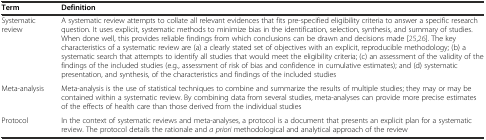
| Term | Definition |
 | --- | --- |
 | Systematic review | A systematic review attempts to collate all relevant evidences that fits pre-specified eligibility criteria to answer a specific research question. It uses explicit, systematic methods to minimize bias in the identification, selection, synthesis, and summary of studies. When done well, this provides reliable findings from which conclusions can be drawn and decisions made [25, 26]. The key characteristics of a systematic review are (a) a clearly stated set of objectives with an explicit, reproducible methodology; (b) a systematic search that attempts to identify all studies that would meet the eligibility criteria; (c) an assessment of the validity of the findings of the included studies (e.g., assessment of risk of bias and confidence in cumulative estimates); and (d) systematic presentation, and synthesis, of the characteristics and findings of the included studies |
 | Meta-analysis | Meta-analysis is the use of statistical techniques to combine and summarize the results of multiple studies; they may or may be contained within a systematic review. By combining data from several studies, meta-analyses can provide more precise estimates of the effects of health care than those derived from the individual studies |
 | Protocol | In the context of systematic reviews and meta-analyses, a protocol is a document that presents an explicit plan for a systematic review. The protocol details the rationale and a priori methodological and analytical approach of the review |